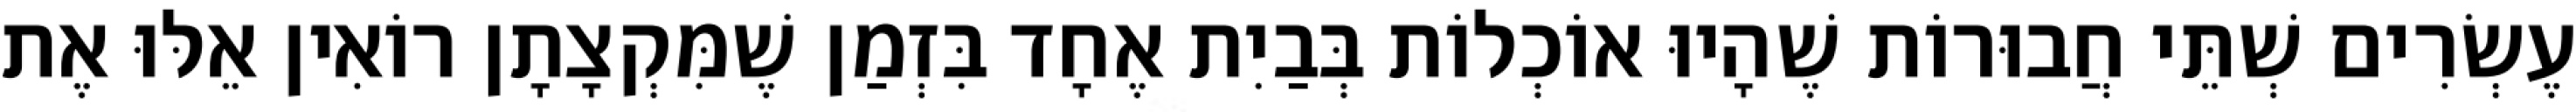
עֶשְׂרִים שְׁתֵּי חֲבוּרוֹת שֶׁהָיוּ אוֹכְלוֹת בְּבַיִת אֶחָד בִּזְמַן שֶׁמִּקְצָתָן רוֹאִין אֵלּוּ אֶת